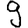
Digit: 9